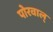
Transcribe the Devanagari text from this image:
पोरवाल्